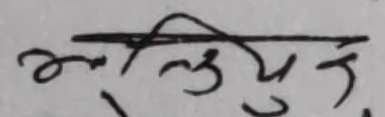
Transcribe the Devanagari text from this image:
अलुयुञ